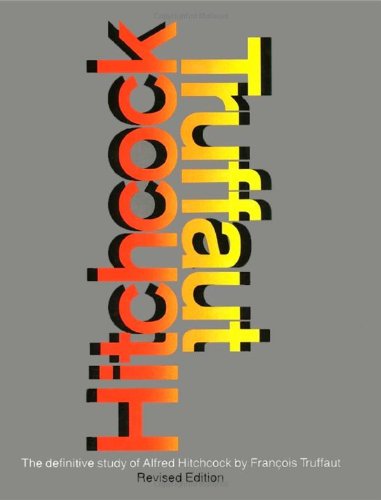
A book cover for Hitchcock (Revised Edition); Francois Truffaut; Humor & Entertainment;